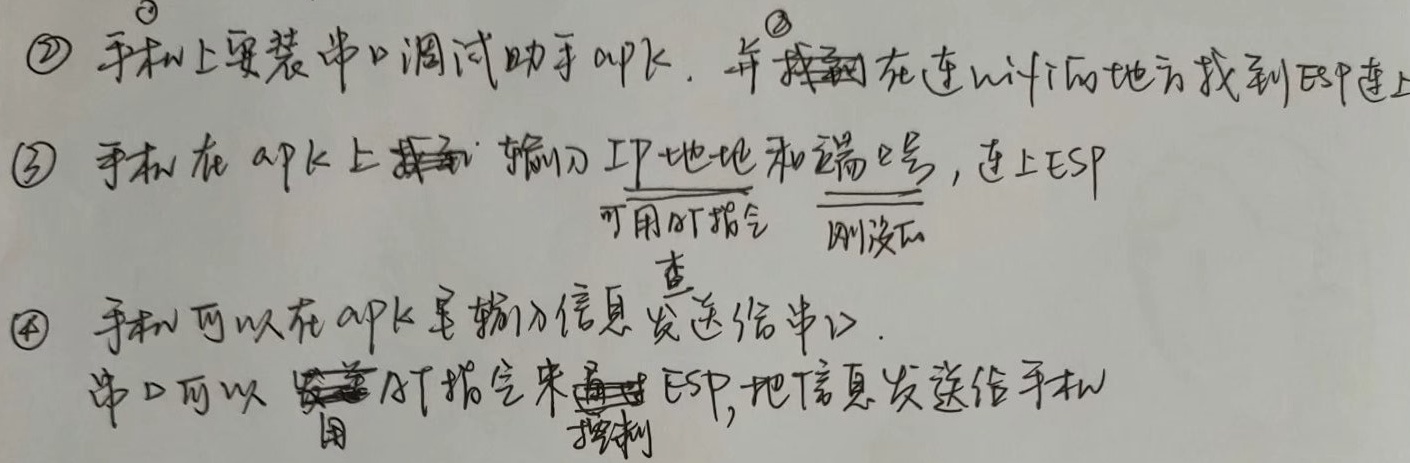
\textcircled{2} 手机上安装串口调试助手apk，并在连wifi的地方找到即连上
\textcircled{3} 手机在apk上输入IP地址和端口号，连上ESP，可用AT指令测试
\textcircled{4} 手机可以在apk里输入信息发送给串口.串口可以用AT指令来控制ESP，把信息发送给手机